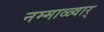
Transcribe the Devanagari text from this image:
नम्माळ्वार्